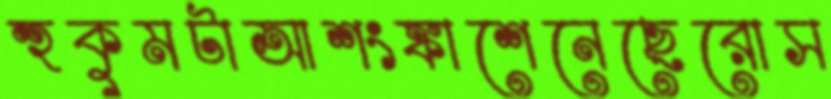
হুকুমটাআশংঙ্কাশেনেছেরোস